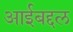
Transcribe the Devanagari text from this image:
आईबद्दल